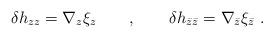
LaTeX: \begin{align*}\delta h_{zz} = \nabla_z \xi_z \qquad ,\qquad \delta h_{\bar z \bar z} = \nabla_{\bar z} \xi_{\bar z} \ .\end{align*}